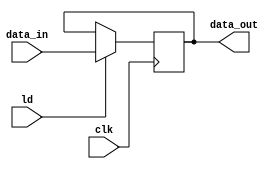
module pipo_reg_16(
  input [15:0] data_in,
  input ld,
  input clk,
  output reg [15:0] data_out
);
  
  always @ (posedge clk) begin
    if(ld) data_out <= data_in;
  end
  
endmodule